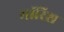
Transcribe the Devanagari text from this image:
मॉरिश